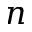
n